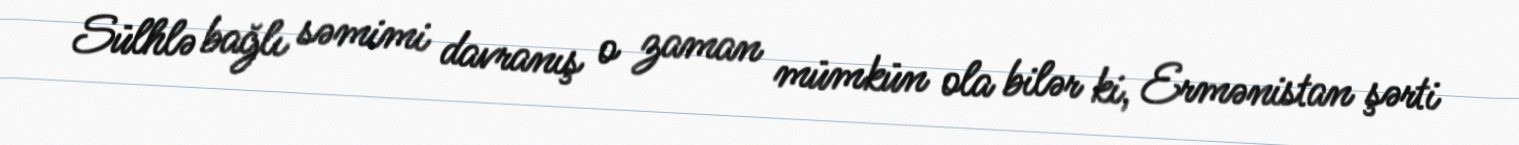
Sülhlə bağlı səmimi davranış o zaman mümkün ola bilər ki, Ermənistan şərti